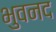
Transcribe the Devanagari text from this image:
भुवनद